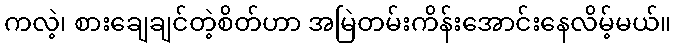
ကလဲ့၊ စားချေချင်တဲ့စိတ်ဟာ အမြဲတမ်းကိန်းအောင်းနေလိမ့်မယ်။